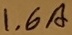
Text: 1.6A